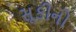
સૂકીનો